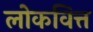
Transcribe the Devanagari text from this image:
लोकवित्त